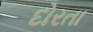
દોરતા